Civil Veterinary Dept. Bombay admin report 1907-1913 - 1907-1913
Year: 1907
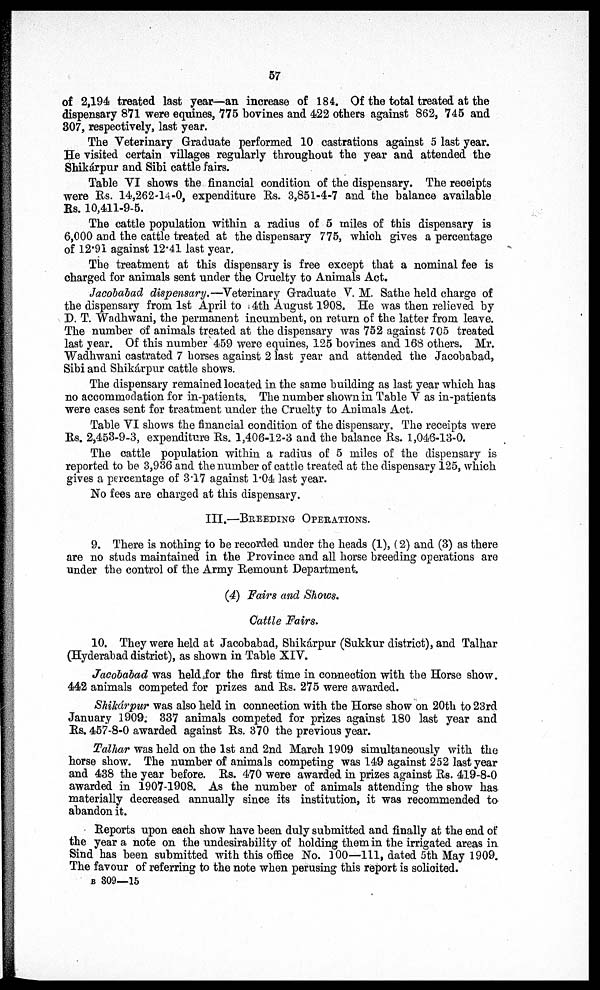
57
of 2,194 treated last year—an increase of 184. Of the total treated at the
dispensary 871 were equines, 775 bovines and 422 others against 862, 745 and
307, respectively, last year.
The Veterinary Graduate performed 10 castrations against 5 last year.
He visited certain villages regularly throughout the year and attended the
Shikárpur and Sibi cattle fairs.
Table VI shows the financial condition of the dispensary. The receipts
were Rs. 14,262-14-0, expenditure Rs. 3,851-4-7 and the balance available
Rs. 10,411-9-5.
The cattle population within a radius of 5 miles of this dispensary is
6,000 and the cattle treated at the dispensary 775, which gives a percentage
of 12.91 against 12.41 last year.
The treatment at this dispensary is free except that a nominal fee is
charged for animals sent under the Cruelty to Animals Act.
Jacobabad dispensary.—Veterinary Graduate V. M. Sathe held charge of
the dispensary from 1st April to 4th August 1908. He was then relieved by
D. T. Wadhwani, the permanent incumbent, on return of the latter from leave.
The number of animals treated at the dispensary was 752 against 705 treated
last year. Of this number 459 were equines, 125 bovines and 168 others. Mr.
Wadhwani castrated 7 horses against 2 last year and attended the Jacobabad,
Sibi and Shikárpur cattle shows.
The dispensary remained located in the same building as last year which has
no accommodation for in-patients. The number shown in Table V as in-patients
were cases sent for treatment under the Cruelty to Animals Act.
Table VI shows the financial condition of the dispensary. The receipts were
Rs. 2,453-9-3, expenditure Rs. 1,406-12-3 and the balance Rs. 1,046-13-0.
The cattle population within a radius of 5 miles of the dispensary is
reported to be 3,936 and the number of cattle treated at the dispensary 125, which
gives a percentage of 3.17 against 1.04 last year.
No fees are charged at this dispensary.
III.—BREEDING OPERATIONS.
9. There is nothing to be recorded under the heads (1), (2) and (3) as there
are no studs maintained in the Province and all horse breeding operations are
under the control of the Army Remount Department.
(4) Fairs and Shows.
Cattle Fairs.
10. They were held at Jacobabad, Shikárpur (Sukkur district), and Talhar
(Hyderabad district), as shown in Table XIV.
Jacobabad was held for the first time in connection with the Horse show
442 animals competed for prizes and Rs. 275 were awarded.
Shikárpur was also held in connection with the Horse show on 20th to 23rd
January 1909. 337 animals competed for prizes against 180 last year and
Rs. 457-8-0 awarded against Rs. 370 the previous year.
Talhar was held on the 1st and 2nd March 1909 simultaneously with the
horse show. The number of animals competing was 149 against 252 last year
and 438 the year before. Rs. 470 were awarded in prizes against Rs. 419-8-0
awarded in 1907-1908. As the number of animals attending the show has
materially decreased annually since its institution, it was recommended to
abandon it.
Reports upon each show have been duly submitted and finally at the end of
the year a note on the undesirability of holding them in the irrigated areas in
Sind has been submitted with this office No. 100—111, dated 5th May 1909.
The favour of referring to the note when perusing this report is solicited.
B 809—15